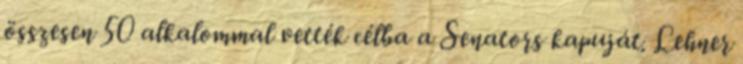
összesen 50 alkalommal vették célba a Senators kapuját. Lehner